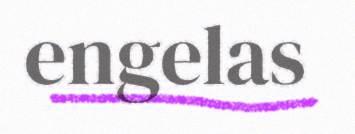
engelas